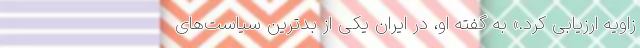
زاویه ارزیابی کرد.» به گفته او، در ایران یکی از بدترین سیاست‌های